Scottish Leaving Certificate Examination, 1961
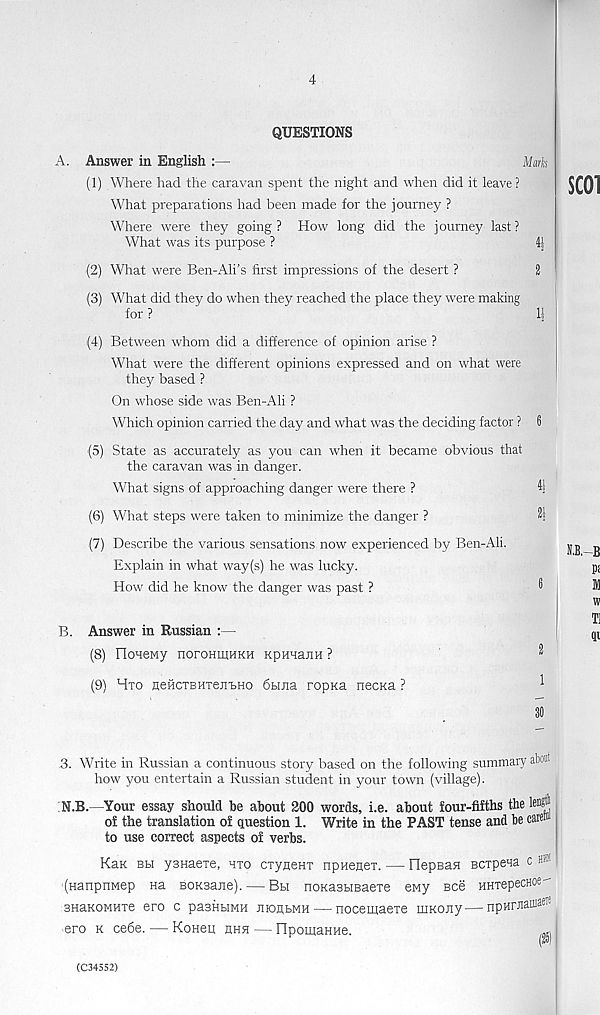
4
QUESTIONS
A. Answer in English :—
Mark
(1) Where had the caravan spent the night and when did it leave ?
What preparations had been made for the journey ?
Where were they going ? How long did the journey last ?
What was its purpose ?
41
(2) What were Ben-Ali’s first impressions of the desert ?
2
(3) What did they do when they reached the place they were making
for ?
11
(4) Between whom did a difference of opinion arise ?
What were the different opinions expressed and on what were
they based ?
On whose side was Ben-Ali ?
Which opinion carried the day and what was the deciding factor ? 6
(5) State as accurately as you can when it became obvious that
the caravan was in danger.
What signs of approaching danger were there ?
(6) What steps were taken to minimize the danger ?
2;
(7) Describe the various sensations now experienced by Ben-Ali.
Explain in what way(s) he was lucky.
How did he know the danger was past ?
®
B. Answer in Russian :—
(8) FIoueMy noroHiKHKH KpunajiH ?
^
(9) Hto neHCTBHTen-feHO 6t.uia ropKa necKa ?
*
30
,3. Write in Russian a continuous story based on the following summary abon
how you entertain a Russian student in your town (village).
N.B.—Your essay should he about 200 words, i.e. about four-fifths the lei#
of the translation of question 1. Write in the PAST tense and be careW
to use correct aspects of verbs.
Kax BH ysHaexe, hxo cxyneHT npHenex. — IlepBan scxpena c h«
(Hanprmep Ha BOKsane). — Bh noKasHBaexe eMy bcc HHxepecHoe^
BHaKOMHxe ero c pasHbiMH jiioahmh — nocemaexe uiKOiiy—npHnnanK®
ero k cede. — Koneu hhh — flpomaHHe.
(C34552)